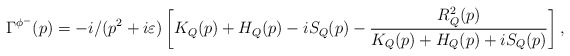
\begin{align*}\Gamma^{\phi^-}(p)=-i/(p^2+i\varepsilon)\left[K_Q(p)+H_Q(p)-iS_Q(p)-\frac{R_Q^2(p)}{K_Q(p)+H_Q(p)+iS_Q(p)}\right],\end{align*}